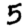
Digit: 5